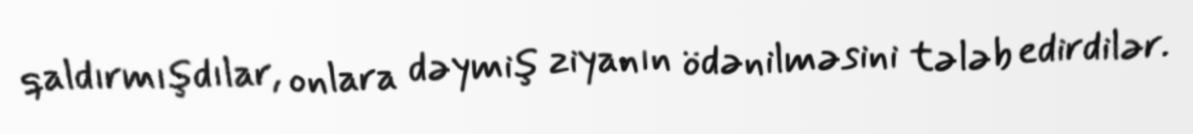
qaldırmışdılar, onlara dəymiş ziyanın ödənilməsini tələb edirdilər.